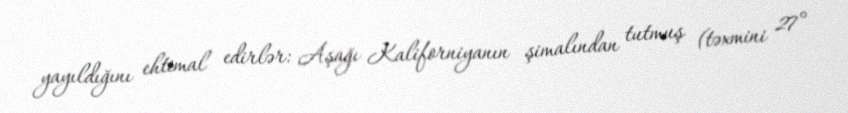
yayıldığını ehtimal edirlər: Aşağı Kaliforniyanın şimalından tutmuş (təxmini 27°